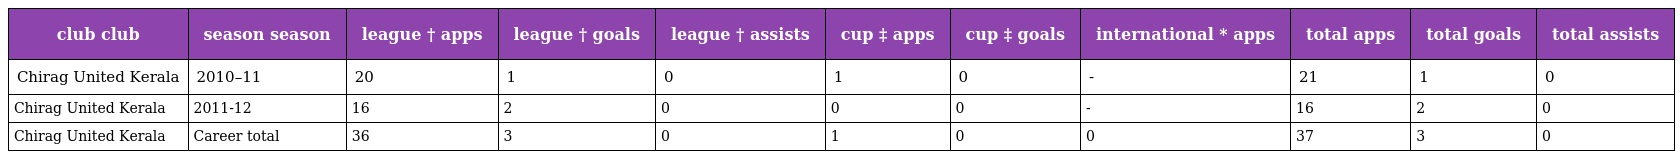
| club club | season season | league † apps | league † goals | league † assists | cup ‡ apps | cup ‡ goals | international * apps | total apps | total goals | total assists |
 | --- | --- | --- | --- | --- | --- | --- | --- | --- | --- | --- |
 | Chirag United Kerala | 2010–11 | 20 | 1 | 0 | 1 | 0 | - | 21 | 1 | 0 |
 | Chirag United Kerala | 2011-12 | 16 | 2 | 0 | 0 | 0 | - | 16 | 2 | 0 |
 | Chirag United Kerala | Career total | 36 | 3 | 0 | 1 | 0 | 0 | 37 | 3 | 0 |